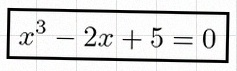
x^3-2x+5=0